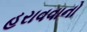
હરાવવાનો